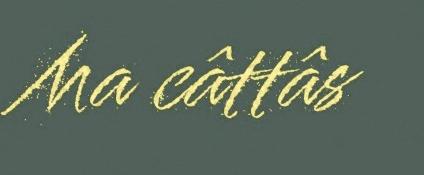
Ma câttâs